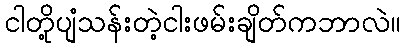
ငါတို့ပျံသန်းတဲ့ငါးဖမ်းချိတ်ကဘာလဲ။